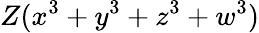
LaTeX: Z(x^{3}+y^{3}+z^{3}+w^{3})